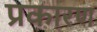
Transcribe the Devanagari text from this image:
प्रकारण